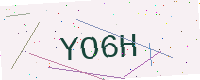
Text: YO6H